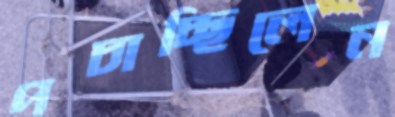
পচাচ্ছিলেন